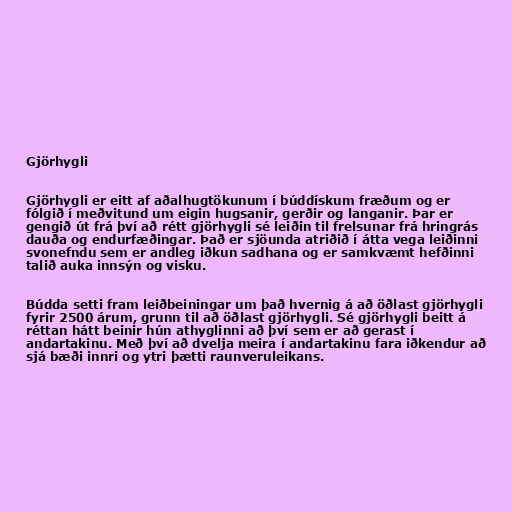
Gjörhygli

Gjörhygli er eitt af aðalhugtökunum í búddískum fræðum og er
fólgið í meðvitund um eigin hugsanir, gerðir og langanir. Þar er
gengið út frá því að rétt gjörhygli sé leiðin til frelsunar frá hringrás
dauða og endurfæðingar. Það er sjöunda atriðið í átta vega leiðinni
svonefndu sem er andleg iðkun sadhana og er samkvæmt hefðinni
talið auka innsýn og visku.

Búdda setti fram leiðbeiningar um það hvernig á að öðlast gjörhygli
fyrir 2500 árum, grunn til að öðlast gjörhygli. Sé gjörhygli beitt á
réttan hátt beinir hún athyglinni að því sem er að gerast í
andartakinu. Með því að dvelja meira í andartakinu fara iðkendur að
sjá bæði innri og ytri þætti raunveruleikans.